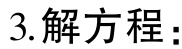
3. 解方程：